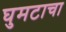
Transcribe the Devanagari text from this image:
घुमटाचा